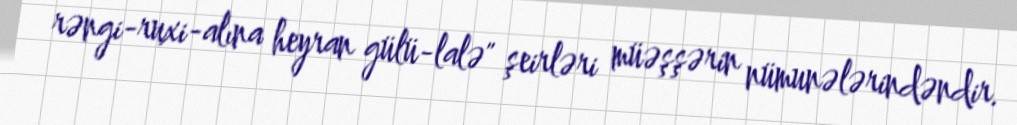
rəngi-ruxi-alına heyran gülü-lalə" şeirləri müəşşərin nümunələrindəndir.